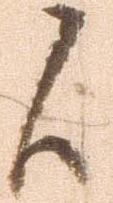
候